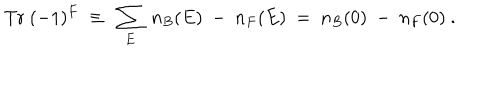
\mathrm { T r } ~ ( - 1 ) ^ { F } ~ \equiv ~ \sum _ { E } ~ n _ { B } ( E ) ~ - ~ n _ { F } ( E ) ~ = ~ n _ { B } ( 0 ) ~ - ~ n _ { F } ( 0 ) ~ .